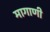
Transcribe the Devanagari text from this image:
मागाणी